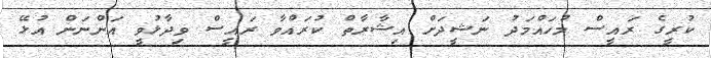
ކުރީގެ ރައީސް މުހައްމަދު ނަޝީދަށް އިޝާރާތް ކުރައްވާ ރައީސް ވިދާޅުވީ އަންނަން އުޅޭ